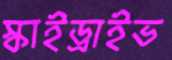
স্কাইড্রাইভ